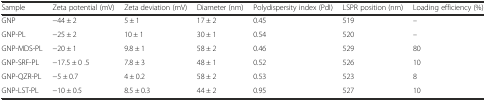
| Sample | Zeta potential (mV) | Zeta deviation (mV) | Diameter (nm) | Polydispersity index (PdI) | LSPR position (nm) | Loading efficiency (%) |
 | --- | --- | --- | --- | --- | --- | --- |
 | GNP | −44 ± 2 | 5 ± 1 | 17 ± 2 | 0.45 | 519 | – |
 | GNP-PL | −25 ± 2 | 10 ± 1 | 30 ± 1 | 0.54 | 520 | – |
 | GNP-MDS-PL | −20 ± 1 | 9.8 ± 1 | 58 ± 2 | 0.46 | 529 | 80 |
 | GNP-SRF-PL | −17.5 ± 0 .5 | 7.8 ± 3 | 48 ± 1 | 0.52 | 526 | 10 |
 | GNP-QZR-PL | −5 ± 0.7 | 4 ± 0.2 | 58 ± 2 | 0.53 | 523 | 8 |
 | GNP-LST-PL | −10 ± 0.5 | 8.5 ± 0.3 | 44 ± 2 | 0.95 | 527 | 10 |